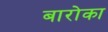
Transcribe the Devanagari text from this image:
बारोका